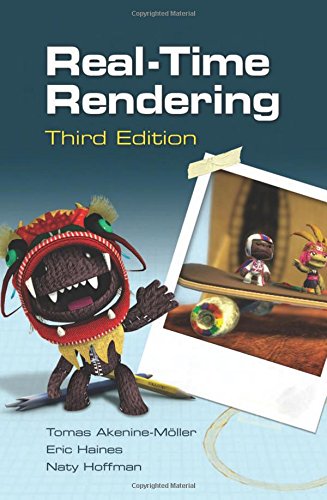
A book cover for Real-Time Rendering, Third Edition; Tomas Akenine-Moller; Computers & Technology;